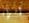
إمراة